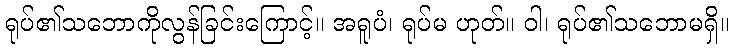
ရုပ်၏သဘောကိုလွန်ခြင်းကြောင့်။ အရူပံ၊ ရုပ်မ ဟုတ်။ ဝါ၊ ရုပ်၏သဘောမရှိ။